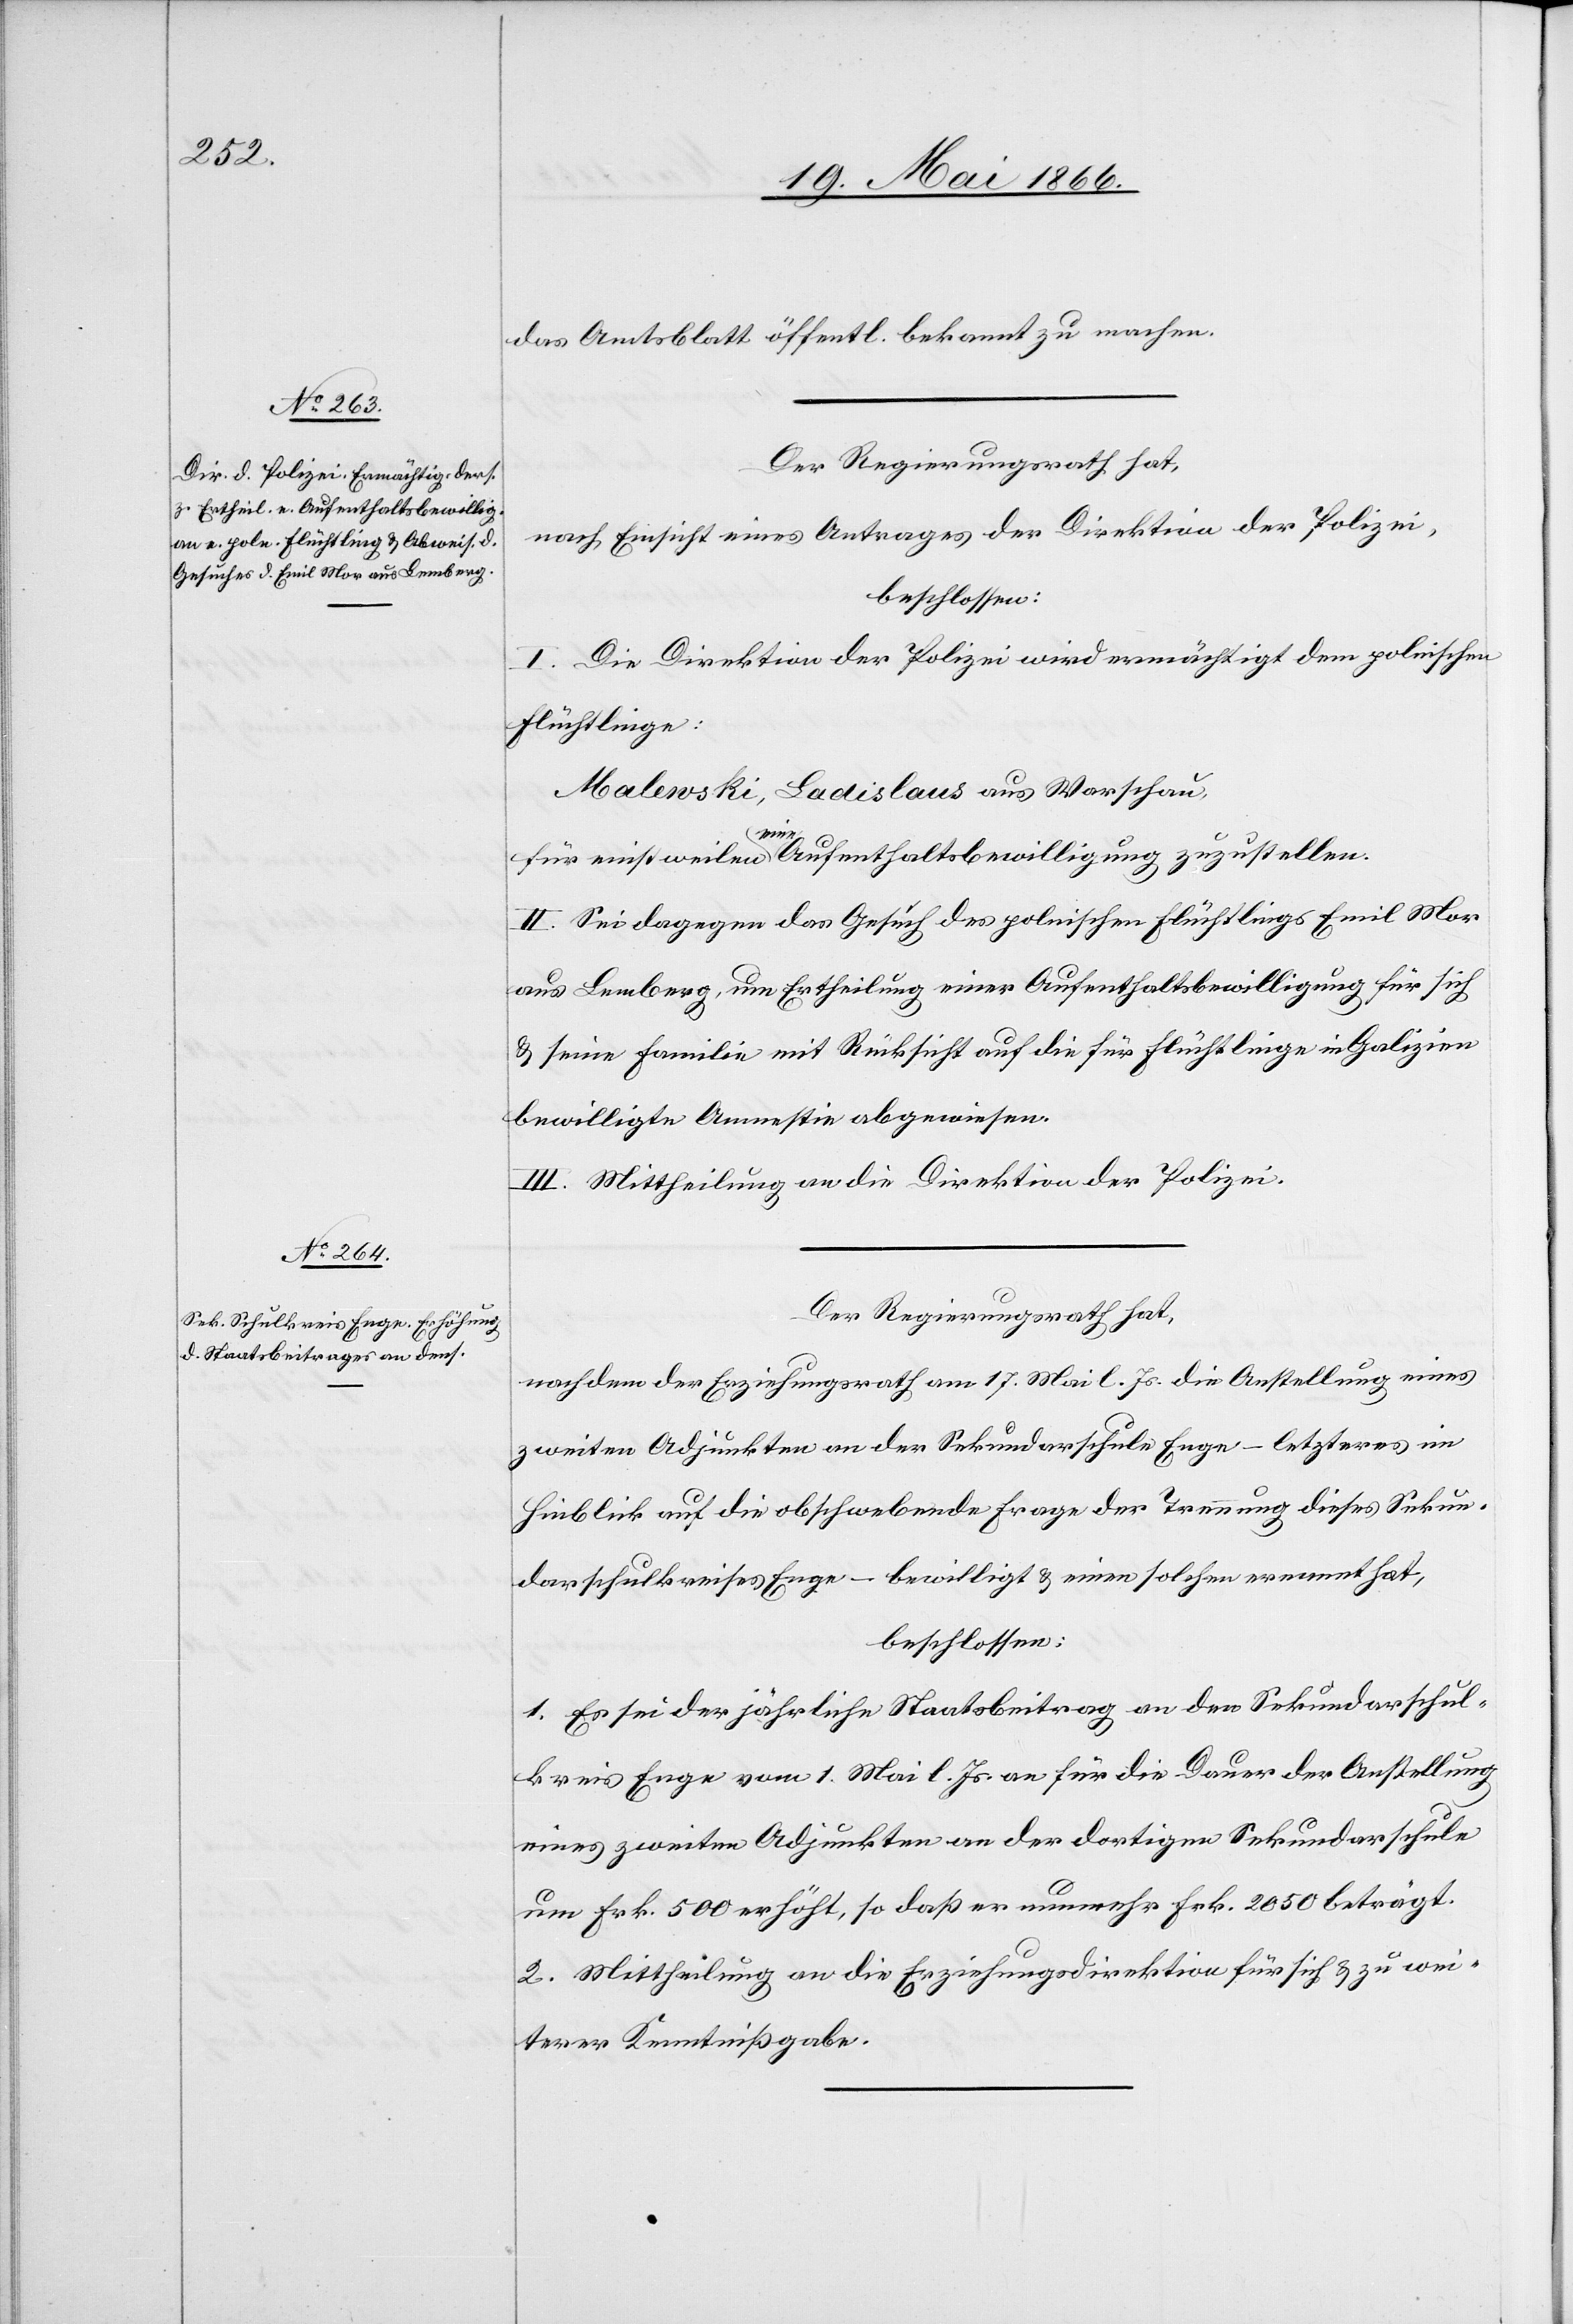
das Amtsblatt öffentl. bekannt zu machen.
Der Regierungsrath hat,
nach Einsicht eines Antrages der Direktion der Polizei,
beschlossen:
I. Die Direktion der Polizei wird ermächtigt dem polnischen
Flüchtlinge:
Malewski, Ladislaus aus Warschau
für einstweilen eine Aufenthaltsbewilligung zuzustellen.
II. Sei dagegen das Gesuch des polnischen Flüchtlings Emil Mar
aus Lemberg, um Ertheilung einer Aufenthaltsbewilligung für sich
u. seine Familie mit Rücksicht auf die für Flüchtlinge in Galizien
bewilligte Amnestie abgewiesen.
III. Mittheilung an die Direktion der Polizei.
Der Regierungsrath hat,
nachdem der Erziehungsrath am 17. Mai l. Js. die Anstellung eines
zweiten Adjunkten an der Sekundarschule Enge – letzteres im
Hinblick auf die obschwebende Frage der Trennung dieses Sekun¬
darschulkreises Enge – bewilligt u. einen solchen ernannt hat,
beschlossen:
1. Es sei der jährliche Staatsbeitrag an den Sekundarschul¬
kreis Enge vom 1. Mai l. Js. an für die Dauer der Anstellung
eines zweiten Adjunkten an der dortigen Sekundarschule
um Frk. 500 erhöht, so daß er nunmehr Frk. 2050 beträgt.
2. Mittheilung an die Erziehungsdirektion für sich u. zu wei¬
terer Kenntnißgabe.